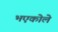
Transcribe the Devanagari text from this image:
भएकोले